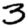
Digit: 3